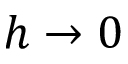
h \rightarrow 0